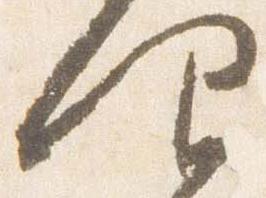
仰